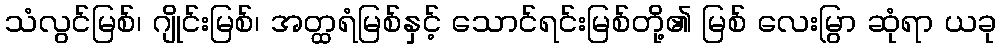
သံလွင်မြစ်၊ ဂျိုင်းမြစ်၊ အတ္ထရံမြစ်နှင့် သောင်ရင်းမြစ်တို့၏ မြစ် လေးမြွာ ဆုံရာ ယခု